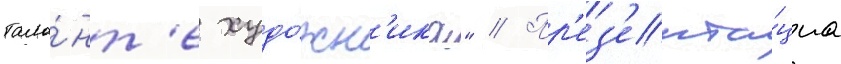
тала́нт'е худо́жн'ика" // Пр'ез'ента́циа